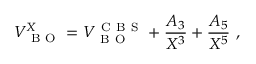
V _ { \mathrm { ~ B ~ O ~ } } ^ { X } = V _ { \mathrm { ~ B ~ O ~ } } ^ { \mathrm { ~ C ~ B ~ S ~ } } + \frac { A _ { 3 } } { X ^ { 3 } } + \frac { A _ { 5 } } { X ^ { 5 } } \ ,